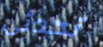
تحدثى